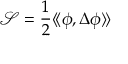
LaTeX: { \mathcal { S } } = { \frac { 1 } { 2 } } \langle \! \langle \phi , \Delta \phi \rangle \! \rangle